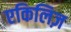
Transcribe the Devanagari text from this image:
एकिलिज़